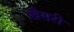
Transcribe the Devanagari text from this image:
खैसरी